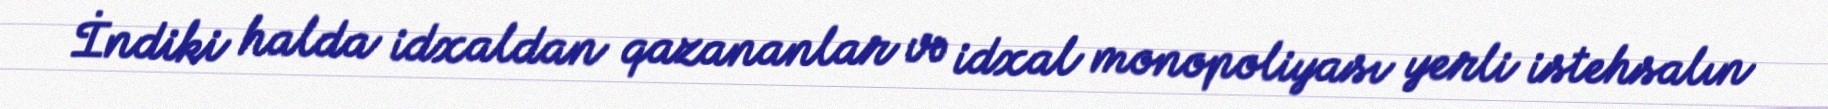
İndiki halda idxaldan qazananlar və idxal monopoliyası yerli istehsalın